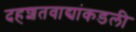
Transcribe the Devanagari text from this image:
दहशतवाद्यांकडली